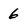
Character: 6